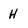
Character: H